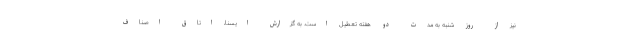
نیز از روز شنبه به مدت دو هفته تعطیل است. به گزارش ایسنا، اتاق اصناف